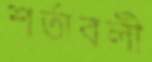
শর্তাবলী